Lunatic asylums Madras 1892-1911 - 1892-1911
Year: 1892
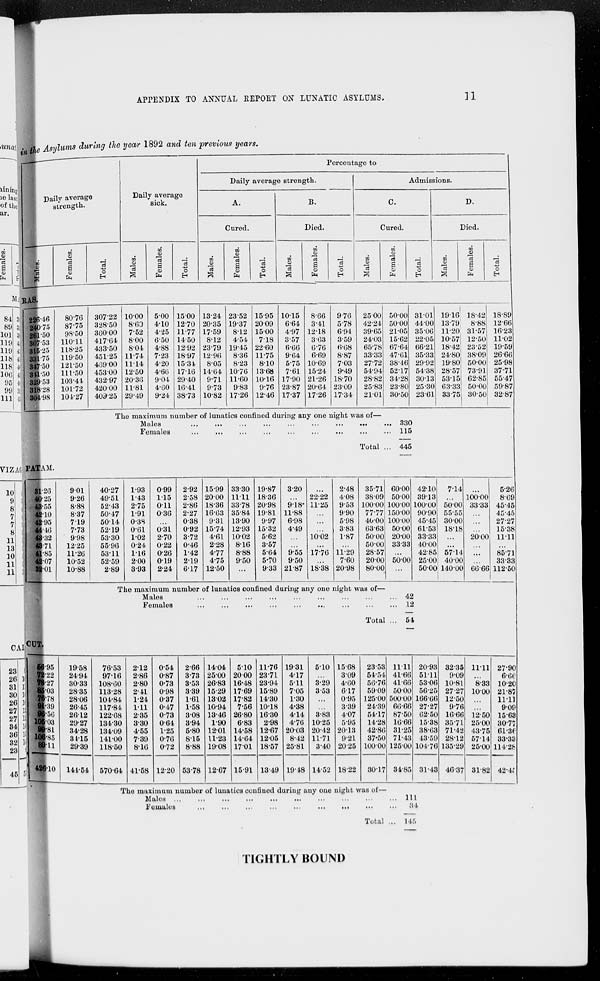
APPENDIX TO ANNUAL REPORT ON LUNATIC ASYLUMS.
11
in the Asylums during the year 1892 and ten previous years.
Daily average
strength.
Males.
RAS.
226 . 46
240.75
261.50
307.53
315.25
331.75
347.50
341.50
329.53
318.28
304.98
PATAM.
31.26
40.25
43.55
42.10
42.95
44.46
43.32
43.71
41.85
42.07
32.01
CUT.
56.95
72.22
78.27
85.03
76.78
91.39
96.56
105.03
99.81
106.85
89.11
426.10
Females.
80.76
87.75
98.50
110.11
118.25
119.50
121.50
111.50
103.44
101.72
104.27
9.01
9.26
8.88
8.37
7.19
7.73
9.98
12.25
11.26
10.52
10.88
19.58
24.94
30.33
28.35
28.06
26.45
26.12
29.27
34.28
34.15
29.39
144.54
Total.
307.22
328.50
360.00
417.64
433.50
451.25
469.00
453.00
432.97
420.00
409.25
Daily average
sick.
Males.
10.00
8.60
7.52
8.00
8.04
11.74
11.14
12.50
20.36
11.81
29.49
Females.
5.00
4.10
4.25
6.50
4.88
7.23
4.20
4.66
9.04
4.60
9.24
Total.
15.00
12.70
11.77
14.50
12.92
18.97
15.34
17.16
29.40
16.41
38.73
Percentage to
Daily average strength.
A.
Cured.
Males.
13.24
20.35
17.59
8.12
23.79
12.96
8.05
14.64
9.71
9.73
10.82
Females.
23.52
19.37
8.12
4 . 54
19.45
8.36
8.23
10.76
11.60
9.83
17.26
Total.
15.95
20.09
15.00
7.18
22.60
11.75
8.10
13.68
10.16
9.76
12.46
B.
Died.
Males.
10.15
6.64
4.97
3.57
6.66
9.64
5.75
7.61
17.90
23.87
17.37
Females.
8.66
3.41
12.18
3.63
6.76
6.69
10.69
15.24
21.26
20.64
17.26
Total.
9.76
5.78
6.94
3.59
6.68
8.87
7.03
9.49
18.70
23.09
17.34
Admissions.
C.
Cured.
Males.
25.00
42.24
39.65
24.03
65.78
33.33
27.72
54.94
28.82
25.83
21.01
Females.
50.00
50.00
21.05
15.62
67.64
47.61
38.46
52.17
34.28
23.80
30.50
Total.
31.01
44.00
35.06
22.05
66.21
35.33
29.92
54.38
30.13
25.30
23.61
The maximum number of lunatics confined during any one night was of—
Males
...
...
...
...
...
...
...
...
...
Females
...
...
...
...
...
...
...
...
...
Total ...
40.27
49.51
52.43
50.47
50.14
52.19
53.30
55.96
53.11
52.59
2.89
1.93
1.43
2.75
1.91
0.38
0.61
1.02
0.24
1.16
2.00
3.93
0.99
1.15
0.11
0.36
...
0.31
2.70
0.22
0.26
0.19
2.24
2.92
2.58
2.86
2.27
0.38
0.92
3.72
0.46
1.42
2.19
6.17
15.99
20.00
18.36
16.63
9.31
15.74
4.61
2.28
4.77
4.75
12.50
33.30
11.11
33.78
35.84
13.90
12.93
10.02
8.16
8.88
9.50
...
19.87
18.36
20.98
19.81
9.97
15.32
5.62
3.57
5.64
5.70
9.33
3.20
...
9.18
11.88
6.98
4.49
...
...
9.55
9.50
21.87
...
22.22
11.25
...
...
...
10.02
...
17.76
...
18.38
2.48
4.08
9.53
9.90
5.98
3.83
1.87
...
11.29
7.60
20.98
35.71
38.09
100.00
77.77
40.00
63.63
50.00
50.00
28.57
20.00
80.00
330
115
445
60.00
50.00
100.00
150.00
100.00
50.00
20.00
33.33
...
50.00
...
42.10
39.13
100.00
90.90
45.45
61.53
33.33
40.00
42.85
25.00
50.00
The maximum number of lunatics confined during any one night was of—
Males
...
...
...
...
...
...
...
...
...
Females
...
...
...
...
...
...
...
...
...
Total ...
76.53
97.16
108.60
113.28
104.84
117.84
122.68
134.30
134.09
141.00
118.50
570.64
2.12
2.86
2.80
2.41
1.24
1.11
2.35
3.30
4.55
7.39
8.16
41.58
0.54
0.87
0.73
0.98
0.37
0.47
0.73
0.64
1.25
0.76
0.72
12.20
2.66
3.73
3.53
3.39
1.61
1.58
3.08
3.94
5.80
8.15
8.88
53.78
14.04
25.00
26.83
15.29
13.02
10.94
13.46
1.90
12.01
11.23
19.08
12.67
5.10
20.00
16.48
17.69
17.82
7.56
26.80
6.83
14.58
14.64
17.01
15.91
11.76
23.71
23.94
15.89
14.30
10.18
16.30
2.98
12.67
12.05
18.57
13.49
19.31
4.17
5.11
7.05
1.30
4.38
4.14
4.76
20.03
8.42
25.81
19.48
5.10
...
3.29
3.53
...
...
3.83
10.25
20.42
11.71
3.40
14.52
15.68
3.09
4.60
6.17
0.95
3.39
4.07
5.95
20.13
9.21
20.25
18.22
23.53
54.54
56.76
59.09
125.00
24.39
54.17
14.28
42.86
37.50
100.00
30.17
11.11
41.66
41.66
50.00
500.00
66.66
87.50
16.66
31.25
71.43
125.00
34.85
42
12
54
20.93
51.11
53.06
56.25
166.66
27.27
62.50
15.38
38.63
43.59
104.76
31.43
The maximum number of lunatics confined during any one night was of—
Males
...
...
...
...
...
...
...
...
...
...
Females
...
...
...
...
...
...
...
...
...
Total ...
111
34
145
D.
Died.
Males.
19.16
13.79
11.20
10.57
18.42
24.80
19.80
28.57
53.15
63.33
33.75
7.14
...
50.00
55.55
30.00
18.18
...
...
57.15
40.00
140.00
32.35
9.09
10.81
27.27
12.50
9.76
16.66
35.71
71.42
28.12
135.29
46.37
Females.
18.42
8.88
31.57
12.50
23.52
38.09
50.00
73.91
62.85
50.00
30.50
...
100.00
33.33
...
...
...
20.00
...
...
...
66.66
11.11
...
8.33
10.00
...
...
12.50
25.00
43.75
57.14
25.00
31.82
Total.
18.89
12.66
16.23
11.02
19.59
26.66
25.98
37.71
55.47
59.87
32.87
5.26
8.69
45.45
45.45
27.27
15.38
11.11
...
85.71
33.33
112.50
27.90
6.66
10.20
21.87
11.11
9.09
15.63
30.77
61.36
33.33
114.28
42.45
TIGHTLY BOUND